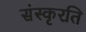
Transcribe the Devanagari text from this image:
संस्कृरति